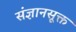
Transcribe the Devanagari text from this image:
संज्ञानसूक्त